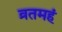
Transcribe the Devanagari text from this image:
व्रतमहं